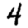
Digit: 4